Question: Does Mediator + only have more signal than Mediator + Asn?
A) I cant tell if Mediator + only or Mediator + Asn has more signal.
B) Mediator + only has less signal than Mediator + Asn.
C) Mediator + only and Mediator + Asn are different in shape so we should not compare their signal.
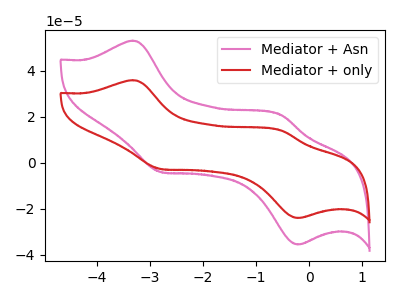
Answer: <think>The pink curve "Mediator + Asn" has anodic peaks at (-3.30V, 53.05uA) (-0.55V, 20.70uA) and cathodic peaks at (-2.80V, -4.05uA) (-0.20V, -35.55uA). The red curve "Mediator + only" has anodic peaks at (-3.30V, 35.85uA) (-0.55V, 14.00uA) and cathodic peaks at (-2.80V, -2.75uA) (-0.20V, -24.05uA).
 All the peaks in "Mediator + only" have a peak in "Mediator + Asn" at the same potential. Every peak in "Mediator + only" is lower than every peak in "Mediator + Asn".</think>
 <answer>B) "Mediator + only" has less signal than "Mediator + Asn".</answer>
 <eval>B</eval>